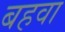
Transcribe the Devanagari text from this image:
बहवा